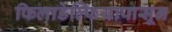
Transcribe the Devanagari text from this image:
फिलाडेल्फियापासून